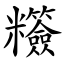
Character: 䊴